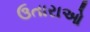
ઉતારાઓ